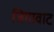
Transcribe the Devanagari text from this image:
जिगावाट